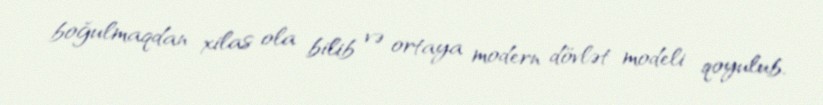
boğulmaqdan xilas ola bilib və ortaya modern dövlət modeli qoyulub.